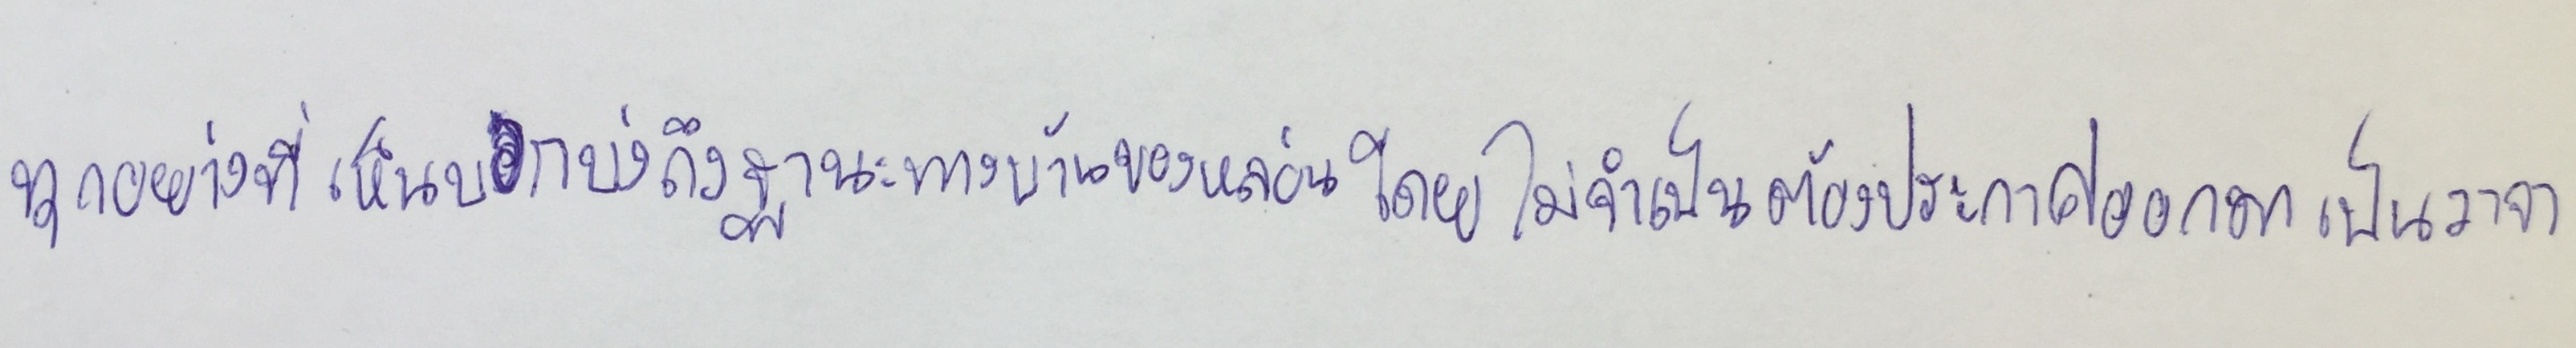
ทุกอย่างที่เห็นบอกบ่งถึงฐานะทางบ้านของหล่อนโดยไม่จำเป็นต้องประกาศออกมาเป็นวาจา